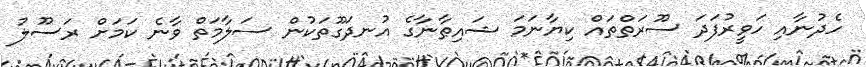
ހެދުނާއި ހަވީރުފަދަ ސޫރަތްތައް ކިޔާނަމަ ޝައިޠާނާގެ އުނދަގޫތަކުން ސަލާމަތް ވާނެ ކަމަށް ރަސޫލު